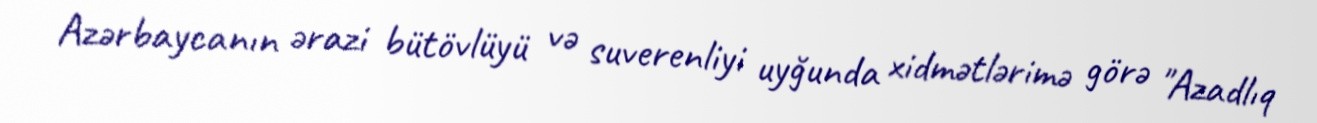
Azərbaycanın ərazi bütövlüyü və suverenliyi uyğunda xidmətlərimə görə "Azadlıq